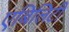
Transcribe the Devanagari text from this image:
एबिलिटी